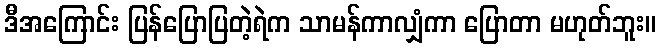
ဒီအကြောင်း ပြန်ပြောပြတဲ့ရဲက သာမန်ကာလျှံကာ ပြောတာ မဟုတ်ဘူး။